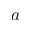
a